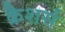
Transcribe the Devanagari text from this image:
क्रैशर्स